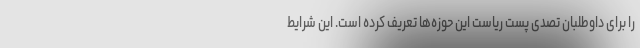
را برای داوطلبان تصدی پست ریاست این حوزه‌ها تعریف کرده است. این شرایط